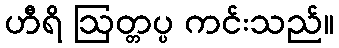
ဟီရိ ဩတ္တပ္ပ ကင်းသည်။